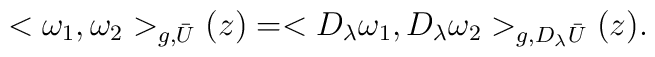
<\omega_1, \omega_2  >_{g,\bar{U}} (z)=<D_{\lambda}\omega_1, D_{\lambda}\omega_2  >_{g,D_{\lambda}\bar{U}} (z).